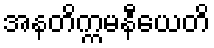
အနတိက္ကမနီယေတိ